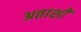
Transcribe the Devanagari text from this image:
अताशों